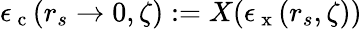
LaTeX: \epsilon_{\mathrm{~c~}}(r_{s}\to 0,\zeta):=X(\epsilon_{\mathrm{~x~}}(r_{s},\zeta))